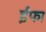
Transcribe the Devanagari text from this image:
ईफा